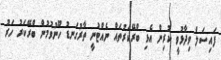
ފައިސަލް ވިދާޅުވީ ކުރިން އެޅި ބްރޭކަރުތައް ނެއްޓުނީ ތާރުގަނޑު ހޫނުވުމުން ބްރޭކަރު ހަރު